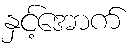
နှင့်အောက်